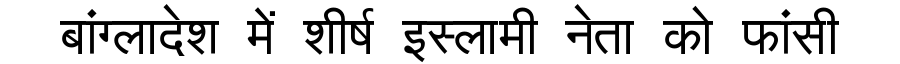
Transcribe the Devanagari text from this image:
बांग्लादेश में शीर्ष इस्लामी नेता को फांसी